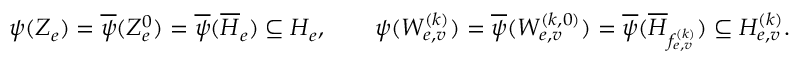
\psi ( Z _ { e } ) = \overline { { \psi } } ( Z _ { e } ^ { 0 } ) = \overline { { \psi } } ( \overline { { H } } _ { e } ) \subseteq H _ { e } , \qquad \psi ( W _ { e , v } ^ { ( k ) } ) = \overline { { \psi } } ( W _ { e , v } ^ { ( k , 0 ) } ) = \overline { { \psi } } ( \overline { { H } } _ { f _ { e , v } ^ { ( k ) } } ) \subseteq H _ { e , v } ^ { ( k ) } .